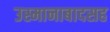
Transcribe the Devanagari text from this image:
उस्मानाबादसह